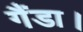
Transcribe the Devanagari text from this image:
गैंडा।